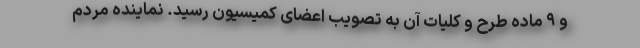
و ۹ ماده طرح و کلیات آن به تصویب اعضای کمیسیون رسید. نماینده مردم